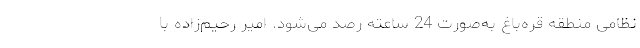
نظامی منطقه قره‌باغ به‌صورت 24 ساعته رصد می‌شود. امیر رحیم‌زاده با